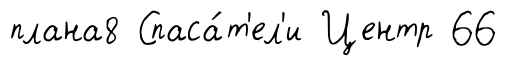
плана8 Спаса́т'ел'и Центр 66